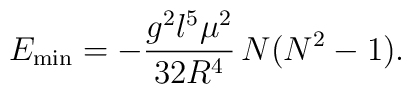
E_{\rm min}=-\frac{g^{2}l^{5}\mu^{2}}{32R^{4}}\,N(N^{2}-1).